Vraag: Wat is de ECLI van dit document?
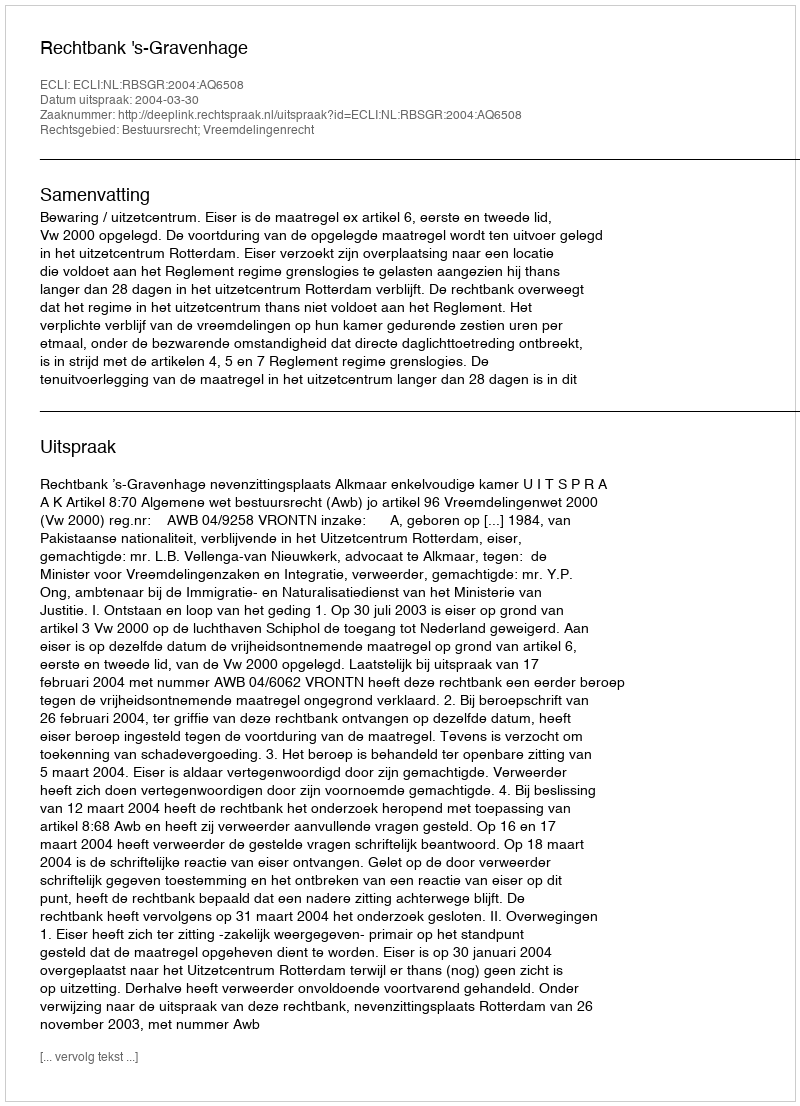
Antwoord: ECLI:NL:RBSGR:2004:AQ6508